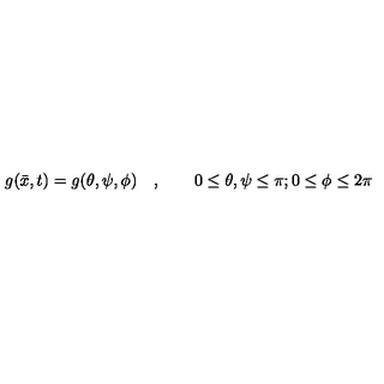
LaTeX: g ( \bar { x } , t ) = g ( \theta , \psi , \phi ) \quad , \qquad 0 \leq \theta , \psi \leq \pi ; 0 \leq \phi \leq 2 \pi